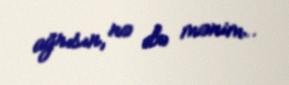
ağrısın, nə də mənim..